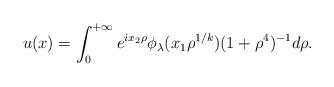
LaTeX: \begin{align*}u(x) = \int_{0}^{+\infty} e^{i x_{2} \rho} \phi_{\lambda}(x_{1} \rho^{1/k}) (1 +\rho^{4})^{-1} d\rho. \end{align*}